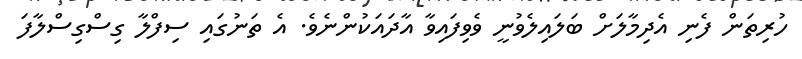
ހުރިތަން ފެނި އެދިމާލަށް ބަލައިލެވުނީ ވެވިފައިވާ އާދައަކުންނެވެ. އެ ތަނުގައި ސިފްލާ ގިސްގިސްލާފަ